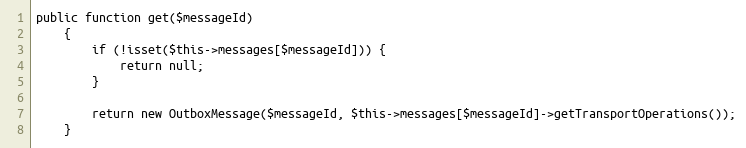
Language: PHP
public function get($messageId)
    {
        if (!isset($this->messages[$messageId])) {
            return null;
        }

        return new OutboxMessage($messageId, $this->messages[$messageId]->getTransportOperations());
    }